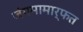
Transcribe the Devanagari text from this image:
जंगमामार्फत